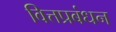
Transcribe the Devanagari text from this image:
वित्तप्रबंधन